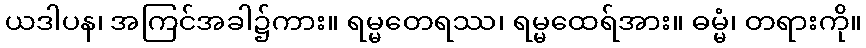
ယဒါပန၊ အကြင်အခါ၌ကား။ ရမ္မတေရဿ၊ ရမ္မထေရ်အား။ ဓမ္မံ၊ တရားကို။